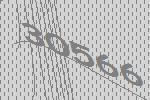
30566